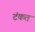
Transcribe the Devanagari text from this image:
टंकत